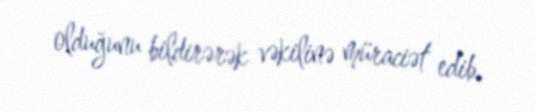
olduğunu bildirərək vəkilinə müraciət edib.